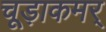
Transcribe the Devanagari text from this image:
चूड़ाकमर्